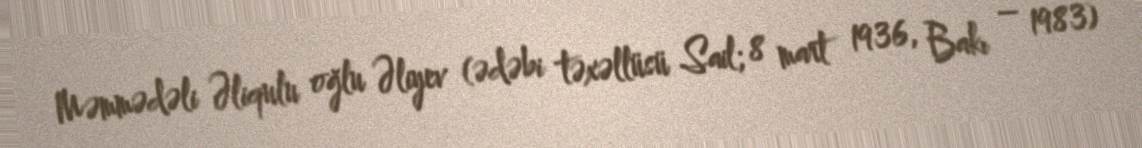
Məmmədəli Əliqulu oğlu Əliyev (ədəbi təxəllüsü Sail; 8 mart 1936, Bakı – 1983)